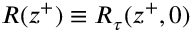
R ( z ^ { + } ) \equiv R _ { \tau } ( z ^ { + } , 0 )